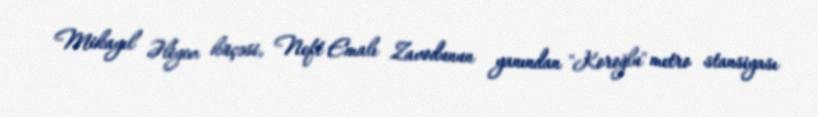
Mikayıl Əliyev küçəsi, Neft Emalı Zavodunun yanından "Koroğlu" metro stansiyası